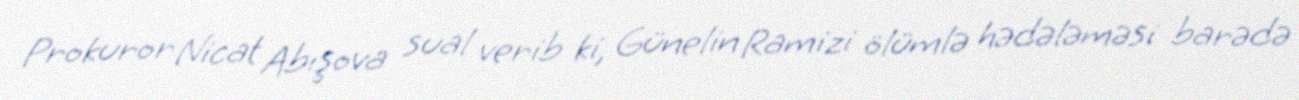
Prokuror Nicat Abışova sual verib ki, Günelin Ramizi ölümlə hədələməsi barədə